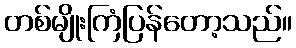
တစ်မျိုးကြံပြန်တော့သည်။